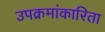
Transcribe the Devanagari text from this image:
उपक्रमांकारिता